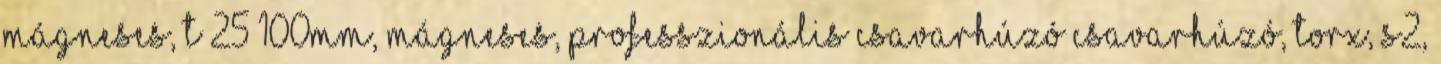
mágneses, T 25×100mm, mágneses, professzionális Csavarhúzó Csavarhúzó, TORX, S2,